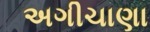
અગીચાણા